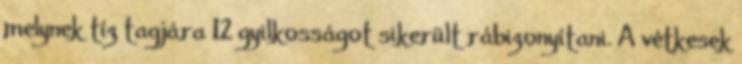
melynek tíz tagjára 12 gyilkosságot sikerült rábizonyítani. A vétkesek